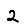
Digit: 2